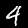
Label: 4